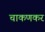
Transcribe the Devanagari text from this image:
चाकणकर